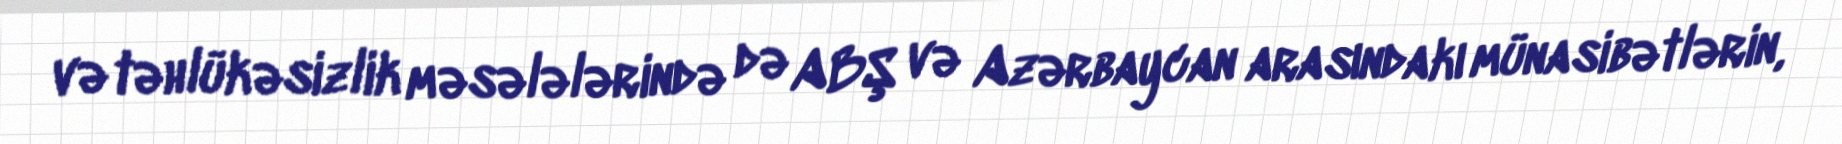
və təhlükəsizlik məsələlərində də ABŞ və Azərbaycan arasındakı münasibətlərin,